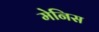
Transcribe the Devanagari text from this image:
मेनिस